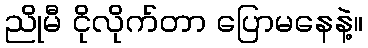
ညိုမီ ငိုလိုက်တာ ပြောမနေနဲ့။